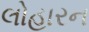
લોહારન